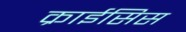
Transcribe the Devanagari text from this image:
क्राईसिस